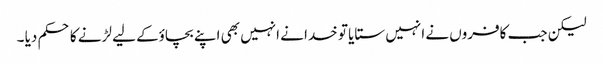
لیکن جب کافروں نے انہیں ستایا تو خدا نے انہیں بھی اپنے بچاؤکے لیے لڑنے کا حکم دیا ۔